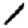
Digit: 1